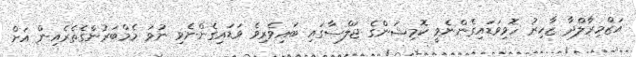
އަޒްމިރާލްދާ ޒާހިރު ހޮވިވަޑައިގެންނެވީ ކޮމިޝަންގެ ޖަލްސާގައި ބައިވެރިވެ ވަޑައިގެންނެވި ނުވަ މެމްބަރުންގެތެރެއިން އަށް